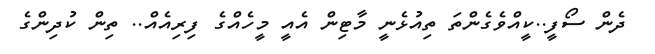
ދެން ސޯފީ..ކީއްވެގެންތަ ތިއުޅެނީ މާޓިން އެއީ މީހެއްގެ ފިރިއެއް.. ތިން ކުދިންގެ